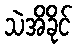
သဲအိခိုင်